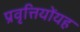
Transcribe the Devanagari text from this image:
प्रवृत्तियोंयह